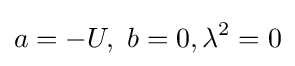
a=-U,\ b=0,\lambda ^{2}=0